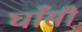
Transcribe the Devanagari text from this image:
घाँसी